Report on horse surra - Volume I
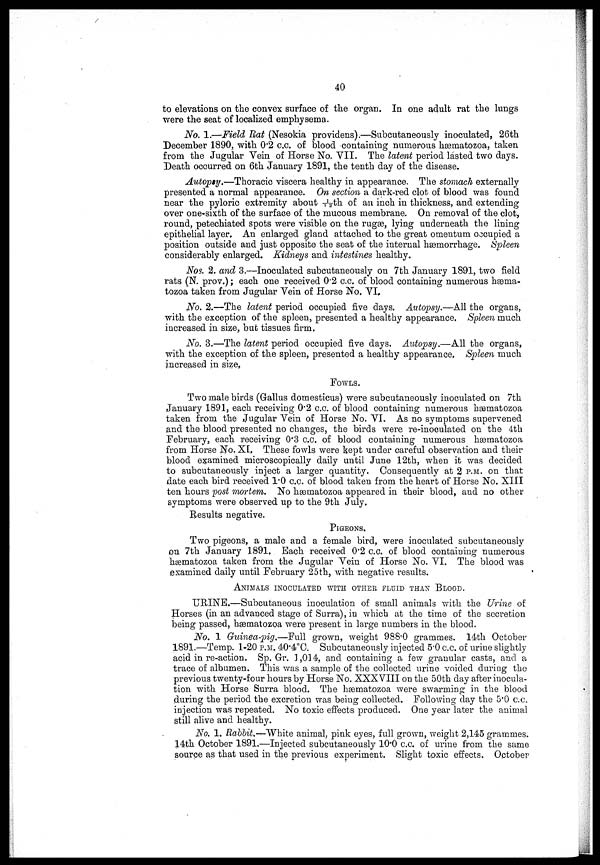
40
to elevations on the convex surface of the organ.In one adult rat the lungs
were the seat of localized emphysema.
No. 1.—Meld Bat (Nesokia providens).—Subcutaneously inoculated, 26th
December 1890, with 0.2 c.c. of blood containing numerous hæmatozoa, taken
from the Jugular Vein of Horse No. VII. The latent period lasted two days.
Death occurred on 6th January 1891, the tenth day of the disease.
Autopty.—Thoracic viscera healthy in appearance. The stomach externally
presented a normal appearance. On section a dark-red clot of blood was found
near the pyloric extremity about 1/12th of an inch in thickness, and extending
over one-sixth of the surface of the mucous membrane. On removal of the clot,
round, petechiated spots were visible on the rugæ, lying underneath the lining
epithelial layer. An enlarged gland attached to the great omentum occupied a
position outside and just opposite the seat of the internal hæmorrhage, Spleen
considerably enlarged. Kidneys and intestines healthy.
NOS. 2. and 3.—Inoculated subcutaneously on 7th January 1891, two field
rats (N, prov.); each one received 0.2 c.c. of blood containing numerous hæma-
tozoa taken from Jugular Vein of Horse No. VI.
No. 2.—The latent period occupied five days. Autopsy.—All the organs,
with the exception of the spleen, presented a healthy appearance. Spleen much.
increased in size, but tissues firm.
No. 3.—The latent period occupied five days. Autopsy.—All the organs,
with the exception of the spleen, presented a healthy appearance. Spleen much
increased in size,
FOWLS.
Two male birds (Gallus domesticus) were subcutaneously inoculated on 7th
January 1891, each receiving 0.2 c.c. of blood containing numerous hæmatozoa
taken from the Jugular Vein of Horse No. VI. As no symptoms supervened
and the blood presented no changes, the birds were re-inoculated on the 4th
February, each receiving 0.3 c.c. of blood containing numerous hæmatozoa
from Horse No. XI. These fowls were kept under careful observation and their
blood examined microscopically daily until June 12th, when it was decided
to subcutaneously inject a larger quantity. Consequently at 2 P.M. on that
date each bird received 1.0 c.c. of blood taken from the heart of Horse No. XIII
ten hours post mortem. No hæmatozoa appeared in their blood, and no other
symptoms were observed up to the 9th July,
Results negative.
PIGEONS.
Two pigeons, a male and a female bird, were inoculated subcutaneously
on 7th January 1891. Each received 0.2 c.c. of blood containing numerous
hæmatozoa taken from the Jugular Vein of Horse No. VI. The blood was
examined daily until February 25th, with negative results.
ANIMALS INOCULATED WITH OTHER FLUID THAN BLOOD.
URINE.—Subcutaneous inoculation of small animals with the Urine of
Horses (in an advanced stage of Surra), in which at the time of the secretion
being passed, hæmatozoa were present in large numbers in the blood.
No. 1 Guinea-pig.—Full grown, weight 988.0 grammes. 14th October
1891.—Temp. 1-20 P.M. 40.4°C. Subcutaneously injected 5.0 c.c. of urine slightly
acid in re-action. Sp. Gr. 1,014, and containing a few granular casts, and a
trace of albumen. This was a sample of the collected urine voided during the
previous twenty-four hours by Horse No. XXXVIII on the 50th day after inocula-
tion with Horse Surra blood. The hæmatozoa were swarming in the blood
during the period the excretion was being collected. Following day the 5.0 c.c.
injection was repeated. No toxic effects produced. One year later the animal
still alive and healthy.
No. 1. Rabbit.—White animal, pink eyes, full grown, weight 2,145 grammes.
14th October 1891.—Injected subcutaneously 10.0 c.c. of urine from the same
source as that used in the previous experiment. Slight toxic effects. October